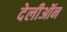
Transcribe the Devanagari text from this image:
देलीऑन